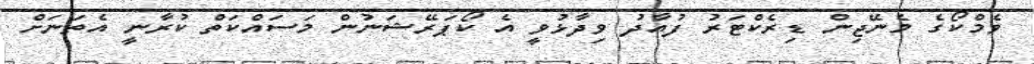
ވެމްކޯގެ މެނޭޖިން ޑިރެކްޓަރު ފުއާދު ވިދާޅުވީ އެ ކޯޕަރޭޝަނުން މަސައްކަތް ކުރާނީ އެތަނަށް